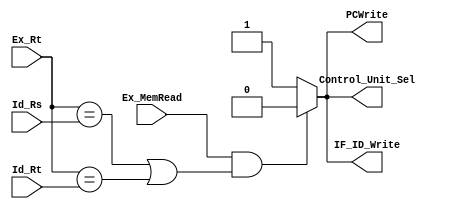


module HazardDetectionUnit(PCWrite, IF_ID_Write, Control_Unit_Sel, Id_Rs, Id_Rt, Ex_Rt, Ex_MemRead);

output PCWrite, IF_ID_Write, Control_Unit_Sel;
reg PCWrite, IF_ID_Write, Control_Unit_Sel;
input [4:0]Id_Rs, Id_Rt, Ex_Rt;
input Ex_MemRead;

always@(*)
begin
    //lw Hazard occurs
    if( (Ex_MemRead==1'b1) && ( (Ex_Rt==Id_Rs) || (Ex_Rt==Id_Rt) ) )begin
        PCWrite = 1'b0;
        IF_ID_Write = 1'b0;
        Control_Unit_Sel = 1'b0;
    end
    //No Hazard
    else begin
        PCWrite = 1'b1;
        IF_ID_Write = 1'b1;
        Control_Unit_Sel = 1'b1;
    end
end

endmodule